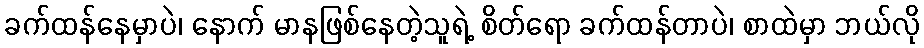
ခက်ထန်နေမှာပဲ၊ နောက် မာနဖြစ်နေတဲ့သူရဲ့ စိတ်ရော ခက်ထန်တာပဲ၊ စာထဲမှာ ဘယ်လို